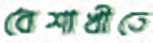
বৈশাখীতে